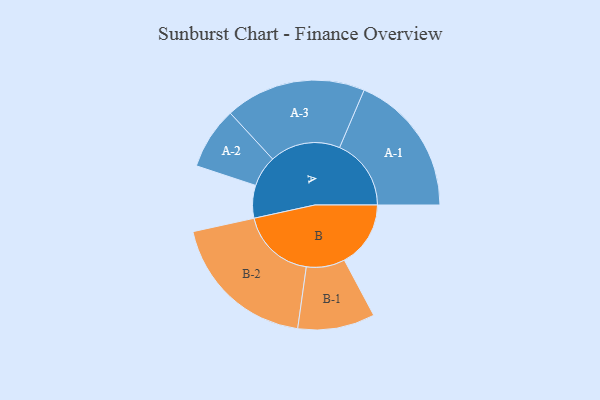
{"axis": {"x": "Segment", "y": "Value"}, "legend": ["", "A", "B"], "data": [{"x": "A", "y": 118, "type": ""}, {"x": "B", "y": 239, "type": ""}, {"x": "A-1", "y": 258, "type": "A"}, {"x": "A-2", "y": 112, "type": "A"}, {"x": "A-3", "y": 254, "type": "A"}, {"x": "B-1", "y": 139, "type": "B"}, {"x": "B-2", "y": 269, "type": "B"}]}